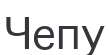
Чепу